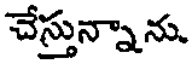
చేస్తున్నాను.